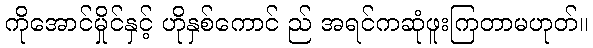
ကိုအောင်မှိုင်နှင့် ဟိုနှစ်ကောင် ည် အရင်ကဆုံဖူးကြတာမဟုတ်။